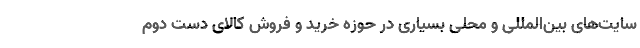
‌سایت‌های بین‌المللی و محلی بسیاری در حوزه خرید و فروش کالای دست دوم